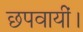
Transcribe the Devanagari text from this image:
छपवायीं।